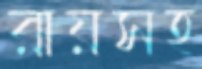
রায়সহ